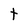
Character: t